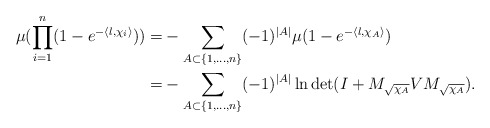
\begin{align*}\mu(\prod\limits_{i=1}^{n}(1-e^{-\langle l,\chi_i\rangle}))=&-\sum\limits_{A\subset\{1,\ldots,n\}}(-1)^{|A|}\mu(1-e^{-\langle l,\chi_{A}\rangle})\\=&-\sum\limits_{A\subset \{1,\ldots,n\}}(-1)^{|A|}\ln\det(I+M_{\sqrt{\chi_A}}VM_{\sqrt{\chi_A}}).\end{align*}